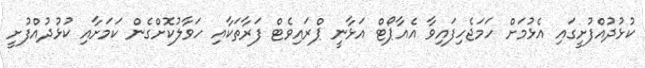
ކުޅުދުއްފުށީގައި އެޅުމަށް ހަމަޖެހިފައިވާ އެއާޕޯޓް އަޅާނީ ޕްރައިވެޓް ފަރާތަކާއި ހަވާލުކޮށްގެން ކަމަށާއި ކުޅުދުއްފުށީ